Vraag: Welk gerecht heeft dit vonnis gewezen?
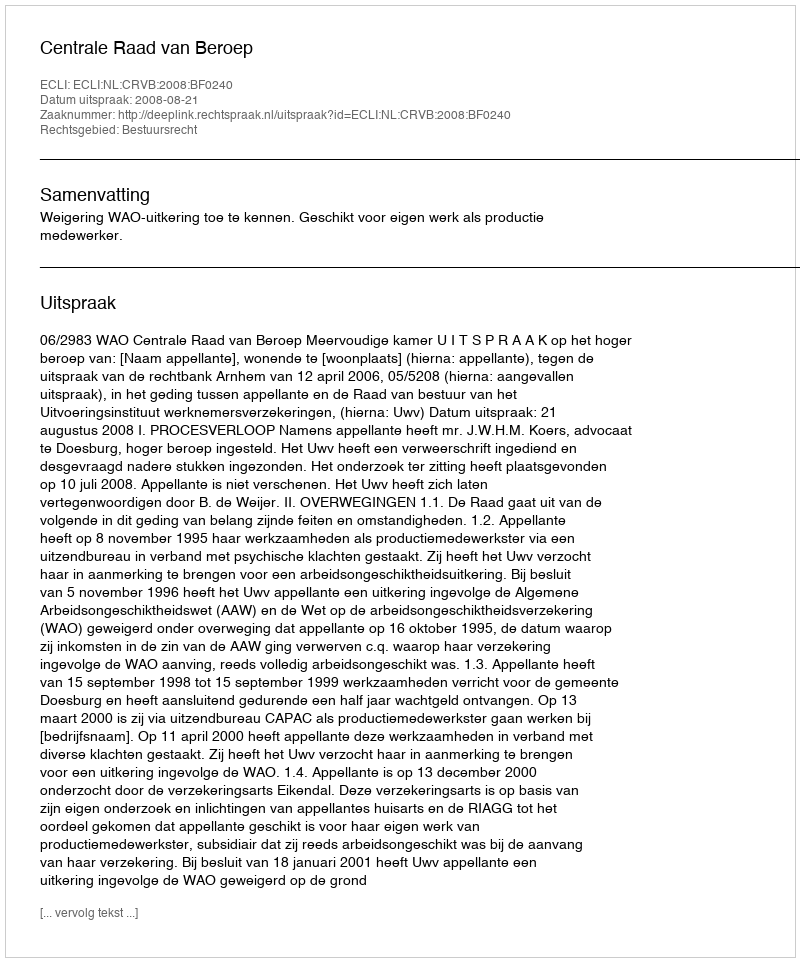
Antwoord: Centrale Raad van Beroep